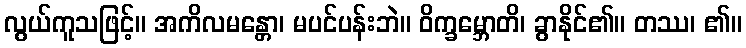
လွယ်ကူသဖြင့်။ အကိလမန္တော၊ မပင်ပန်းဘဲ။ ဝိက္ခမ္ဘောတိ၊ ခွာနိုင်၏။ တဿ၊ ၏။